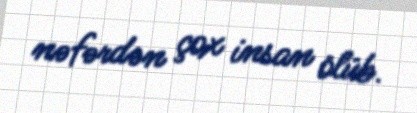
nəfərdən çox insan ölüb.